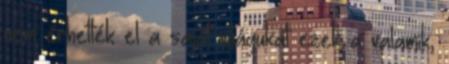
nem érhették el a saját világukat ezek a valamik,